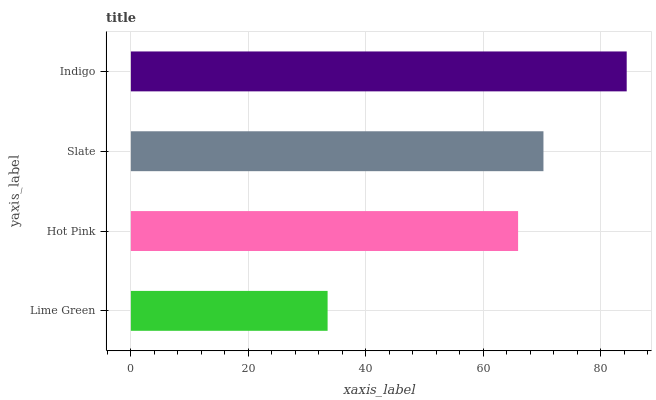
| yaxis_label | bars |
 | --- | --- |
 | Lime Green | 33.5 |
 | Hot Pink | 65.9 |
 | Slate | 70.3 |
 | Indigo | 84.4 |